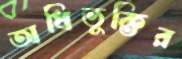
অধিভুক্তির